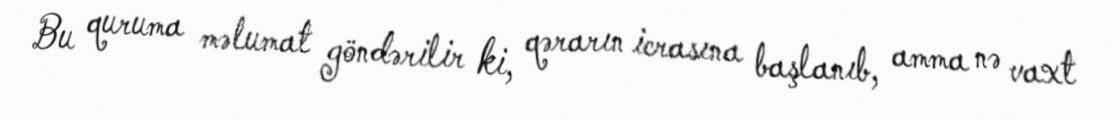
Bu quruma məlumat göndərilir ki, qərarın icrasına başlanıb, amma nə vaxt